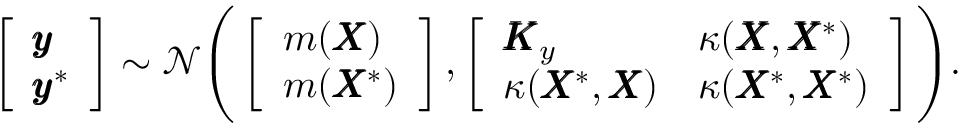
\left[ \begin{array} { l } { \pmb { y } } \\ { \pmb { y } ^ { \ast } } \end{array} \right] \sim \mathcal { N } \Bigg ( \left[ \begin{array} { l } { m ( \pmb { X } ) } \\ { m ( \pmb { X } ^ { \ast } ) } \end{array} \right] , \left[ \begin{array} { l l } { \pmb { K } _ { y } } & { \kappa ( \pmb { X } , \pmb { X } ^ { \ast } ) } \\ { \kappa ( \pmb { X } ^ { \ast } , \pmb { X } ) } & { \kappa ( \pmb { X } ^ { \ast } , \pmb { X } ^ { \ast } ) } \end{array} \right] \Bigg ) .